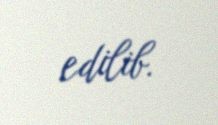
edilib.